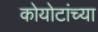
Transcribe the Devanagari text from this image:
कोयोटांच्या